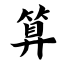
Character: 算